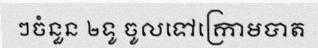
ៗចំនួន ២ទូ ចូលទៅក្រោមបាត